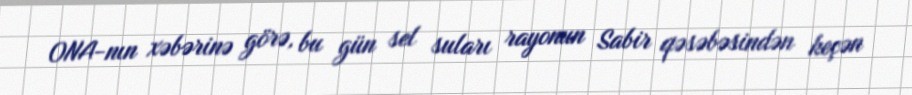
ONA-nın xəbərinə görə, bu gün sel suları rayonun Sabir qəsəbəsindən keçən